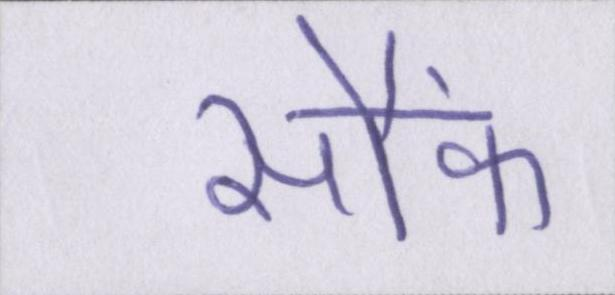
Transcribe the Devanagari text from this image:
सौंफ